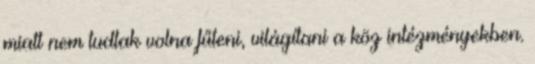
miatt nem tudtak volna fűteni, világítani a köz intézményekben.